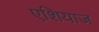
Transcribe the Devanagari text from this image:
एशियाज